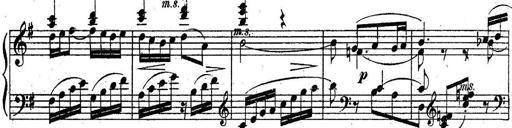
Title: Sonatine
Composer: Adrian Shaposhnikov
Key: E minor